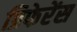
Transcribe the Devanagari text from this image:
प्रिफेरेंस